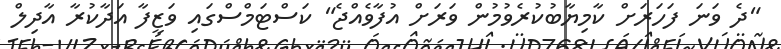
"ދެ ވަނަ ފަހަރަށް ކާމިޔާބުކުރެވުމުން ވަރަށް އުފާވެއްޖެ" ކަސްޓަމްސްގައި ވަޒީފާ އަދާކުރާ އާދިލް